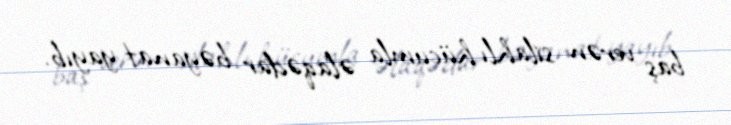
baş verən silahlı hücumla əlaqədar bəyanat yayıb.